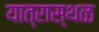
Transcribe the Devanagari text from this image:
यात्रास्थळ